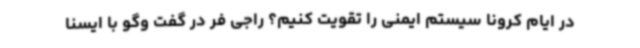
در ایام کرونا سیستم ایمنی را تقویت کنیم؟ راجی فر در گفت وگو با ایسنا